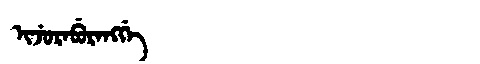
Manchu: ᡳᠵᡠᡵᠠᠪᡠᡵᠠᠩᡤᡝ
Romanization: IJURABURANGGE